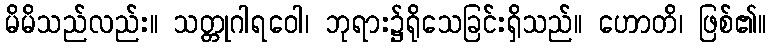
မိမိသည်လည်း။ သတ္တုဂါရဝေါ၊ ဘုရား၌ရိုသေခြင်းရှိသည်။ ဟောတိ၊ ဖြစ်၏။